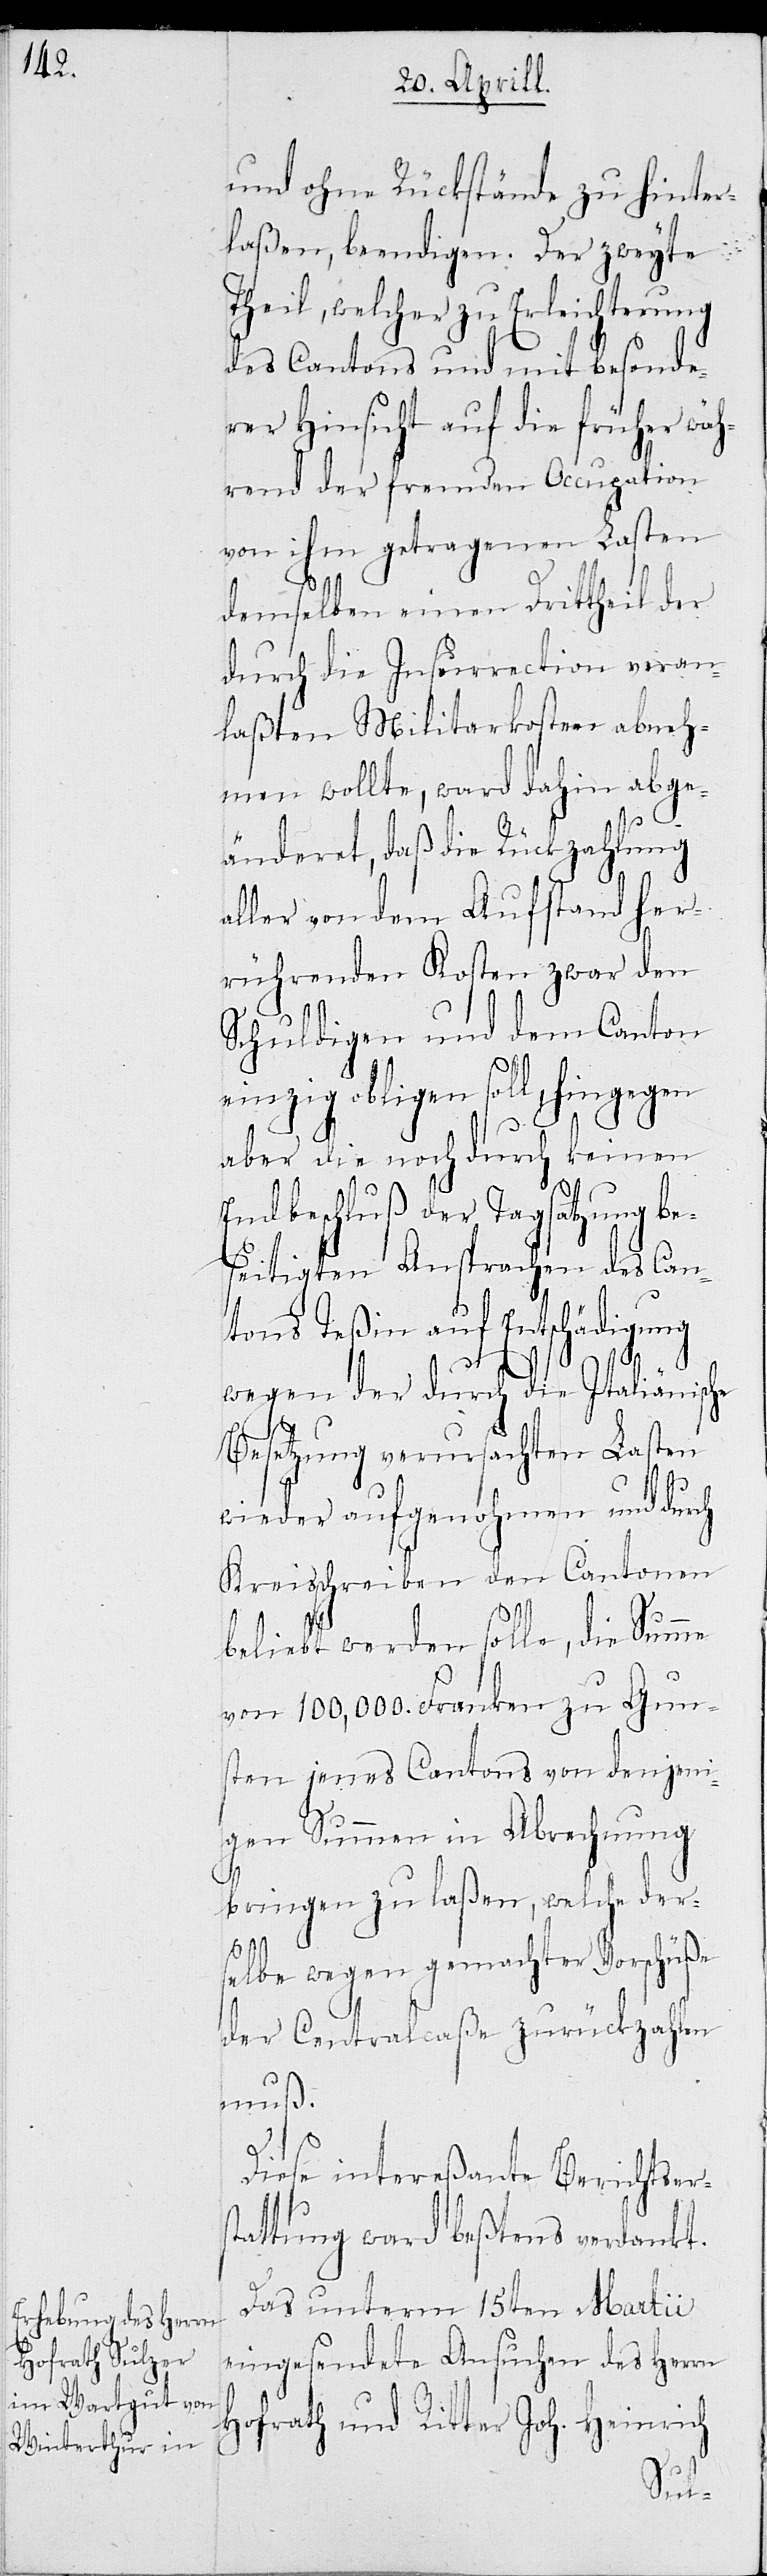
und ohne Rückstände zu hinter¬
laßen, beendigen. Der zweyte
Theil, welcher zu Erleichterung
des Cantons und mit besonde¬
rer Hinsicht auf die früher wäh¬
rend der fremden Occupation
von ihm getragenen Lasten
demselben einen Drittheil der
durch die Insurrection veran¬
laßten Militarkosten abneh¬
men wollte, ward dahin abge¬
änderet, daß die Rückzahlung
aller von dem Aufstand her¬
rührenden Kosten zwar den
Schuldigen und dem Canton
einzig obligen soll, hingegen
aber die noch durch keinen
Endbeschluß der Tagsatzung be¬
seitigten Ansprachen des Can¬
tons Teßin auf Entschädigung
wegen der durch die Italiänische
Besetzung verursachten Lasten
wieder aufgenohmen und durch
Kreisschreiben den Cantonen
beliebt werden solle, die Summe
von 100,000. Franken zu Gun¬
sten jenes Cantons von denjeni¬
gen Summen in Abrechnung
bringen zu laßen, welche ders¬
elbe wegen gemachter Vorschüße
der Centralcaße zurückzahlen
muß.
Diese intereßante Berichters¬
tattung ward beßtens verdankt.
Das unterm 15ten Martii
eingesendete Ansuchen des Herrn
Hofrath und Ritter Joh. Heinrich